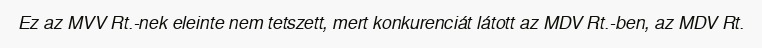
Ez az MVV Rt.-nek eleinte nem tetszett, mert konkurenciát látott az MDV Rt.-ben, az MDV Rt.